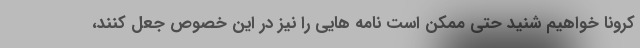
کرونا خواهیم شنید حتی ممکن است نامه هایی را نیز در این خصوص جعل کنند،